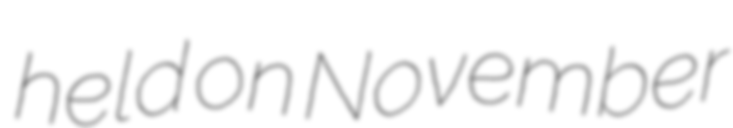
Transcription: held on November